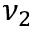
\nu _ { 2 }